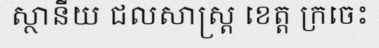
ស្ថានីយ ជលសាស្ត្រ ខេត្ត ក្រចេះ